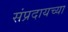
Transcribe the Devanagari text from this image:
संप्रदायच्या